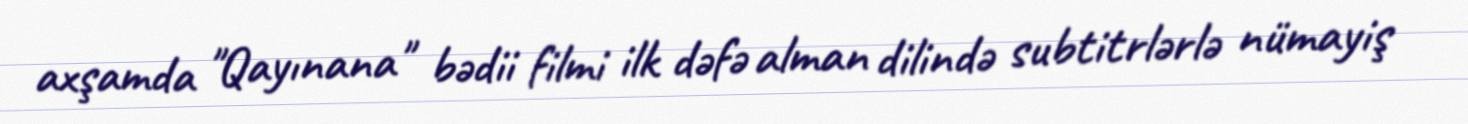
axşamda "Qayınana" bədii filmi ilk dəfə alman dilində subtitrlərlə nümayiş